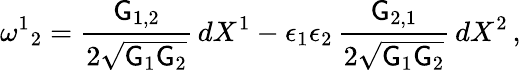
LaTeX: \omega^{1}{}_{2}=\frac{\mathsf{G}_{1,2}}{2\sqrt{\mathsf{G}_{1}\mathsf{G}_{2}}}\, dX^{1}-\epsilon_{1}\epsilon_{2}\, \frac{\mathsf{G}_{2,1}}{2\sqrt{\mathsf{G}_{1}\mathsf{G}_{2}}}\, dX^{2}\, ,